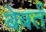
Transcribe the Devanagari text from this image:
बेबर्त